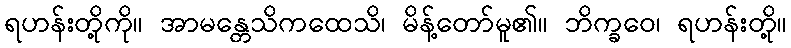
ရဟန်းတို့ကို။ အာမန္တေသိကထေသိ၊ မိန့်တော်မူ၏။ ဘိက္ခဝေ၊ ရဟန်းတို့။